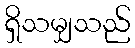
ရှိသမျှသည်